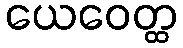
ယေဝေတ္ထ